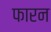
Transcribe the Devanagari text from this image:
फारन